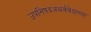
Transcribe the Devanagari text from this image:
उपनिषदअथर्ववेदाच्या